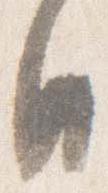
日